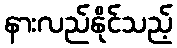
နားလည်နိုင်သည့်